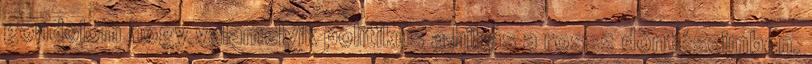
gondolom hogy valamelyik politikus a hibás a rossz döntéseimben.